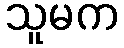
သူမက